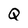
Character: Q